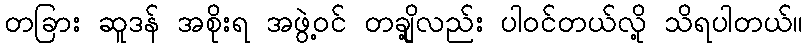
တခြား ဆူဒန် အစိုးရ အဖွဲ့ဝင် တချို့လည်း ပါဝင်တယ်လို့ သိရပါတယ်။